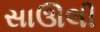
સાઊલી